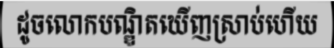
ដូចលោកបណ្ឌិតឃើញស្រាប់ហើយ